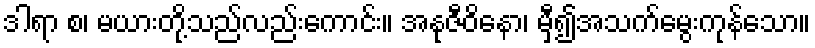
ဒါရာ စ၊ မယားတို့သည်လည်းကောင်း။ အနုဇီဝိနော၊ မှီ၍အသက်မွေးကုန်သော။